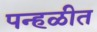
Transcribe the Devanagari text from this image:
पन्हळीत